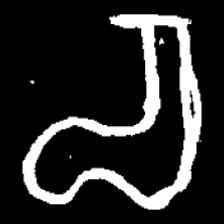
Pyu character \u2014 Myanmar letter: စ (romanized: ca)